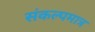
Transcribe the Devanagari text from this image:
संकल्पमात्र